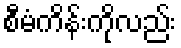
စီမံကိန်းကိုလည်း